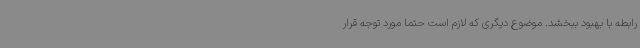
رابطه با بهبود ببخشد. موضوع دیگری که لازم است حتما مورد توجه قرار